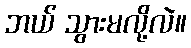
ဘယ် သွားမလို့လဲ။